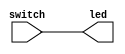
// Verilog netlist created by TD v4.6.12906
// Fri Jul 26 12:55:33 2019

`timescale 1ns / 1ps
module switch_led  // sources/rtl/switch_led.v(15)
  (
  switch,
  led
  );

  input [15:0] switch;  // sources/rtl/switch_led.v(17)
  output [15:0] led;  // sources/rtl/switch_led.v(18)


  assign led[15] = switch[15];
  assign led[14] = switch[14];
  assign led[13] = switch[13];
  assign led[12] = switch[12];
  assign led[11] = switch[11];
  assign led[10] = switch[10];
  assign led[9] = switch[9];
  assign led[8] = switch[8];
  assign led[7] = switch[7];
  assign led[6] = switch[6];
  assign led[5] = switch[5];
  assign led[4] = switch[4];
  assign led[3] = switch[3];
  assign led[2] = switch[2];
  assign led[1] = switch[1];
  assign led[0] = switch[0];

endmodule